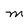
Character: M